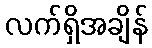
လက်ရှိအချိန်